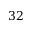
3 2